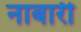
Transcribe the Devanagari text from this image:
नाबारी